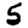
Digit: 5